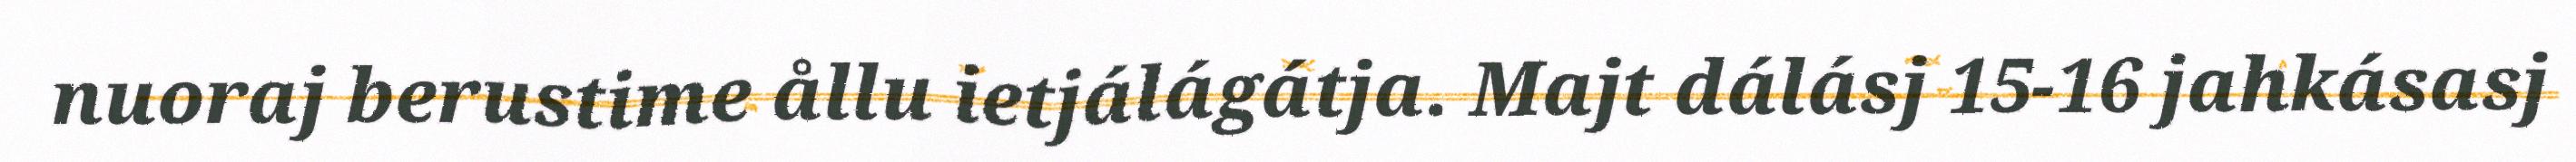
nuoraj berustime ållu ietjálágátja. Majt dálásj 15-16 jahkásasj